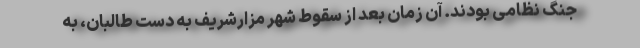
جنگ نظامی بودند. آن زمان بعد از سقوط شهر مزارشریف به دست طالبان، به